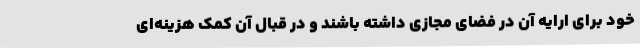
خود برای ارایه آن در فضای مجازی داشته باشند و در قبال آن کمک هزینه‌ای